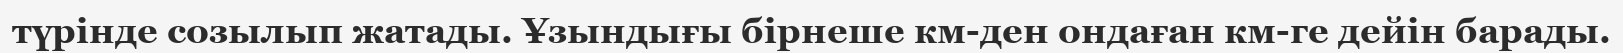
түрінде созылып жатады. Ұзындығы бірнеше км-ден ондаған км-ге дейін барады.